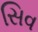
સિવ